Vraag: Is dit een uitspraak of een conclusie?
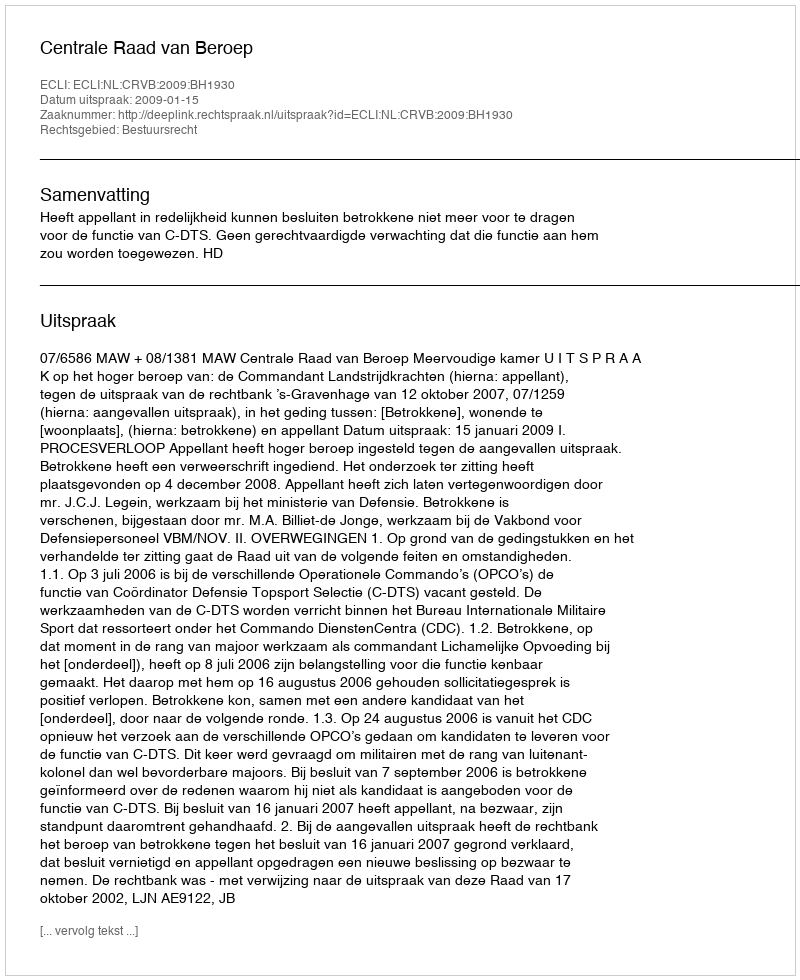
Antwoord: Uitspraak